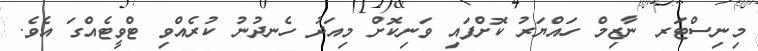
މިނިސްޓަރ ނާޒިމް ހައްޔަރު ކޮށްފައި ވަނިކޮށް މިއަދު ހެނދުނު ކުރެއްވި ޓްވީޓެއްގަ އެވެ.